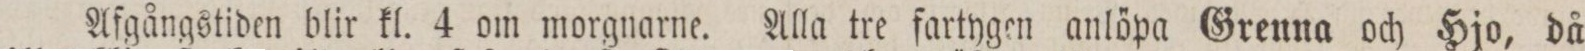
Afgångstiden blir kl. 4 om morgnarne. Alla tre fartygen anlöpa Grenna och Hjo, då